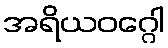
အရိယဝဂ္ဂေါ